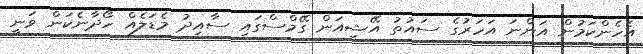
އެހެންކަމުން އަންނަ އަހަރުގެ ސައުތު އޭޝިއަން ގޭމްސްގައި ސާއިދު މެޑަލެއް ހޯދާނެކަން ވަނީ